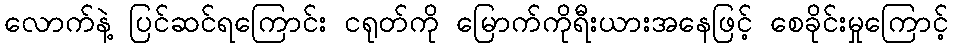
လောက်နဲ့ ပြင်ဆင်ရကြောင်း ငရုတ်ကို မြောက်ကိုရီးယားအနေဖြင့် စေခိုင်းမှုကြောင့်